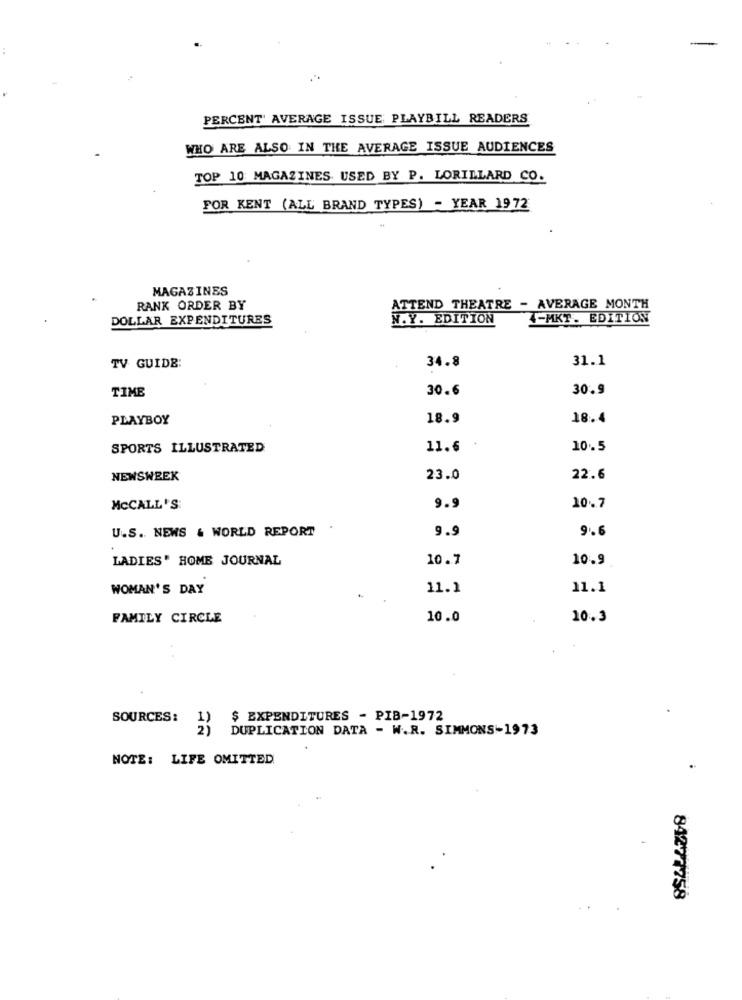
PERCENT' AVERAGE ISSUE PLAYBILL READERS
WHO ARE ALSO IN THE AVERAGE ISSUE AUDIENCES
TOP 10: MAGAZINES USED BY P. LORILLARD CO.
FOR KENT (ALL BRAND TYPES) - YEAR 1972
MAGAZINES
RANK ORDER BY
ATTEND THEATRE - AVERAGE MONTH
DOLLAR EXPENDITURES
N.Y. EDITION
4-MKT. EDITION
TV GUIDE:
34.8
31.1
TIME
30.6
30.9
PLAYBOY
18.9
18.4
SPORTS ILLUSTRATED
11.6
10.5
NEWSWEEK
23.0
22.6
MCCALL'S:
9.9
10.7
U.S. NEWS & WORLD REPORT
.
9.9
9.6
LADIES' HOME JOURNAL
10.7
10.9
WOMAN'S DAY
11.1
11.1
FAMILY CIRCLE
10.0
10.3
SOURCES:
1)
$ EXPENDITURES - PIB-1972
2)
DUPLICATION DATA - W.R. SIMMONS-1973
NOTE: LIFE OMITTED.
84277758